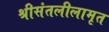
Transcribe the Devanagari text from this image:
श्रीसंतलीलामृत